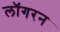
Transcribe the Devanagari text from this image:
लॉगरन